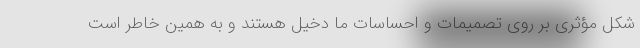
شکل مؤثری بر روی تصمیمات و احساسات ما دخیل هستند و به همین خاطر است